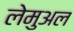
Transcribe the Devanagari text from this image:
लेमुअल